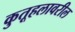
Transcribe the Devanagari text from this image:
कुतूहलावरील